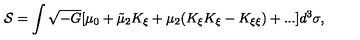
{ \cal S } = \int \sqrt { - G } [ \mu _ { 0 } + \tilde { \mu } _ { 2 } K _ { \xi } + \mu _ { 2 } ( K _ { \xi } K _ { \xi } - K _ { \xi \xi } ) + . . . ] d ^ { 3 } \sigma ,